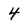
Character: 4